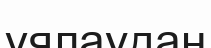
ұялаудан